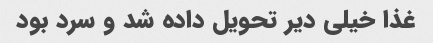
غذا خیلی دیر تحویل داده شد و سرد بود